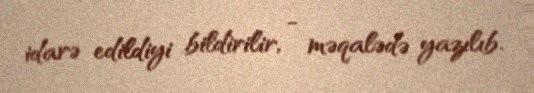
idarə edildiyi bildirilir, - məqalədə yazılıb.